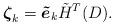
LaTeX: \begin{align*}\mbox{\boldmath $\zeta$}_k=\mbox{\boldmath $\tilde e$}_k\tilde H^T(D) .\end{align*}